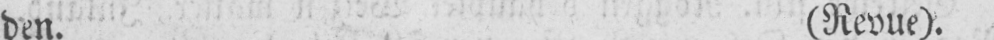
den. (Revue).